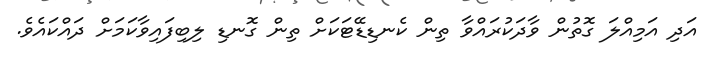
އަދި އަމިއްލަ ގޮތުން ވާދަކުރައްވާ ތިން ކެނޑިޑޭޓަކަށް ތިން ގޮނޑި ލިބިފައިވާކަމަށް ދައްކައެވެ.